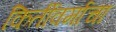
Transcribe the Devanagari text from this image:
किर्तीवर्माचा